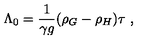
\Lambda _ { 0 } = { \frac { 1 } { \gamma g } } ( \rho _ { G } - \rho _ { H } ) \tau \ ,